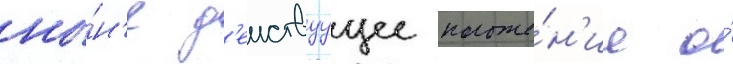
ны́н'е д'еиствуущее положе́н'ие о́